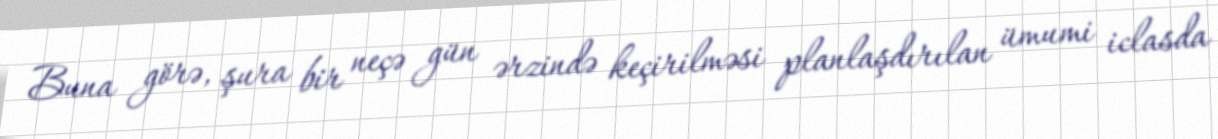
Buna görə, şura bir neçə gün ərzində keçirilməsi planlaşdırılan ümumi iclasda